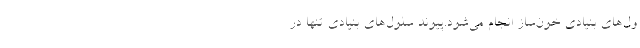
ول‌های بنیادی خون‌ساز انجام می‌شود.پیوند سلول‌های بنیادی تنها در